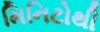
મિનિટોથી